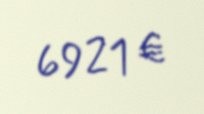
6921 €